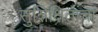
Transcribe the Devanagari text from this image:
सुशिक्षितांचा